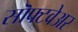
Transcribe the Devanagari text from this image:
सॊफ्टवेअर